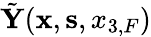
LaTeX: \tilde{\mathbf Y}({{\mathbf x}},{{\mathbf s}},{x_{3,F}})